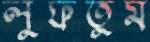
লুফতুম